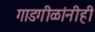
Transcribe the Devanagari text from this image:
गाडगीळांनीही